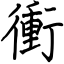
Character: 衝